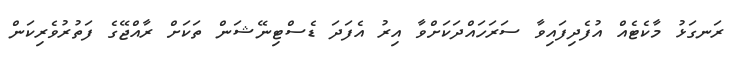
ރަނގަޅު މާކެޓެއް އުފެދިފައިވާ ސަރަހައްދަކަށްވާ އިރު އެފަދަ ޑެސްޓިނޭޝަން ތަކަށް ރާއްޖޭގެ ފަތުރުވެރިކަން